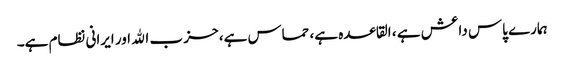
ہمارے پاس داعش ہے ، القاعده ہے، حماس ہے، حز ب الله اور ایرانی نظام ہے۔